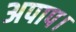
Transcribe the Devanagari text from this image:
अपाप।